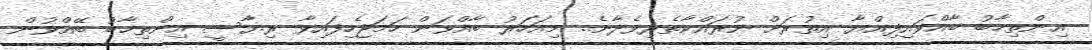
އިންތިޚާބު ބާއްވައިފިއްޔާ އިތުރަށް ނުރައްކާތެރިވެދާނެ.. މިއަހަރު ބާއްވަން ހަމަޖެހިފައިވާ ރިޔާސީ އިންތިޚާބު ބޭއްވުން